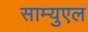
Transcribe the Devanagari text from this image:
साम्युएल